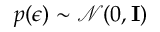
p ( \epsilon ) \sim \mathcal { N } ( 0 , \mathbf { I } )